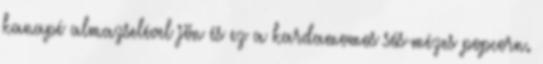
kanapé almazselével jön és ez a kardamomos sós-mézes popcorn.